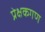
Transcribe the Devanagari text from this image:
प्रेक्षकगण